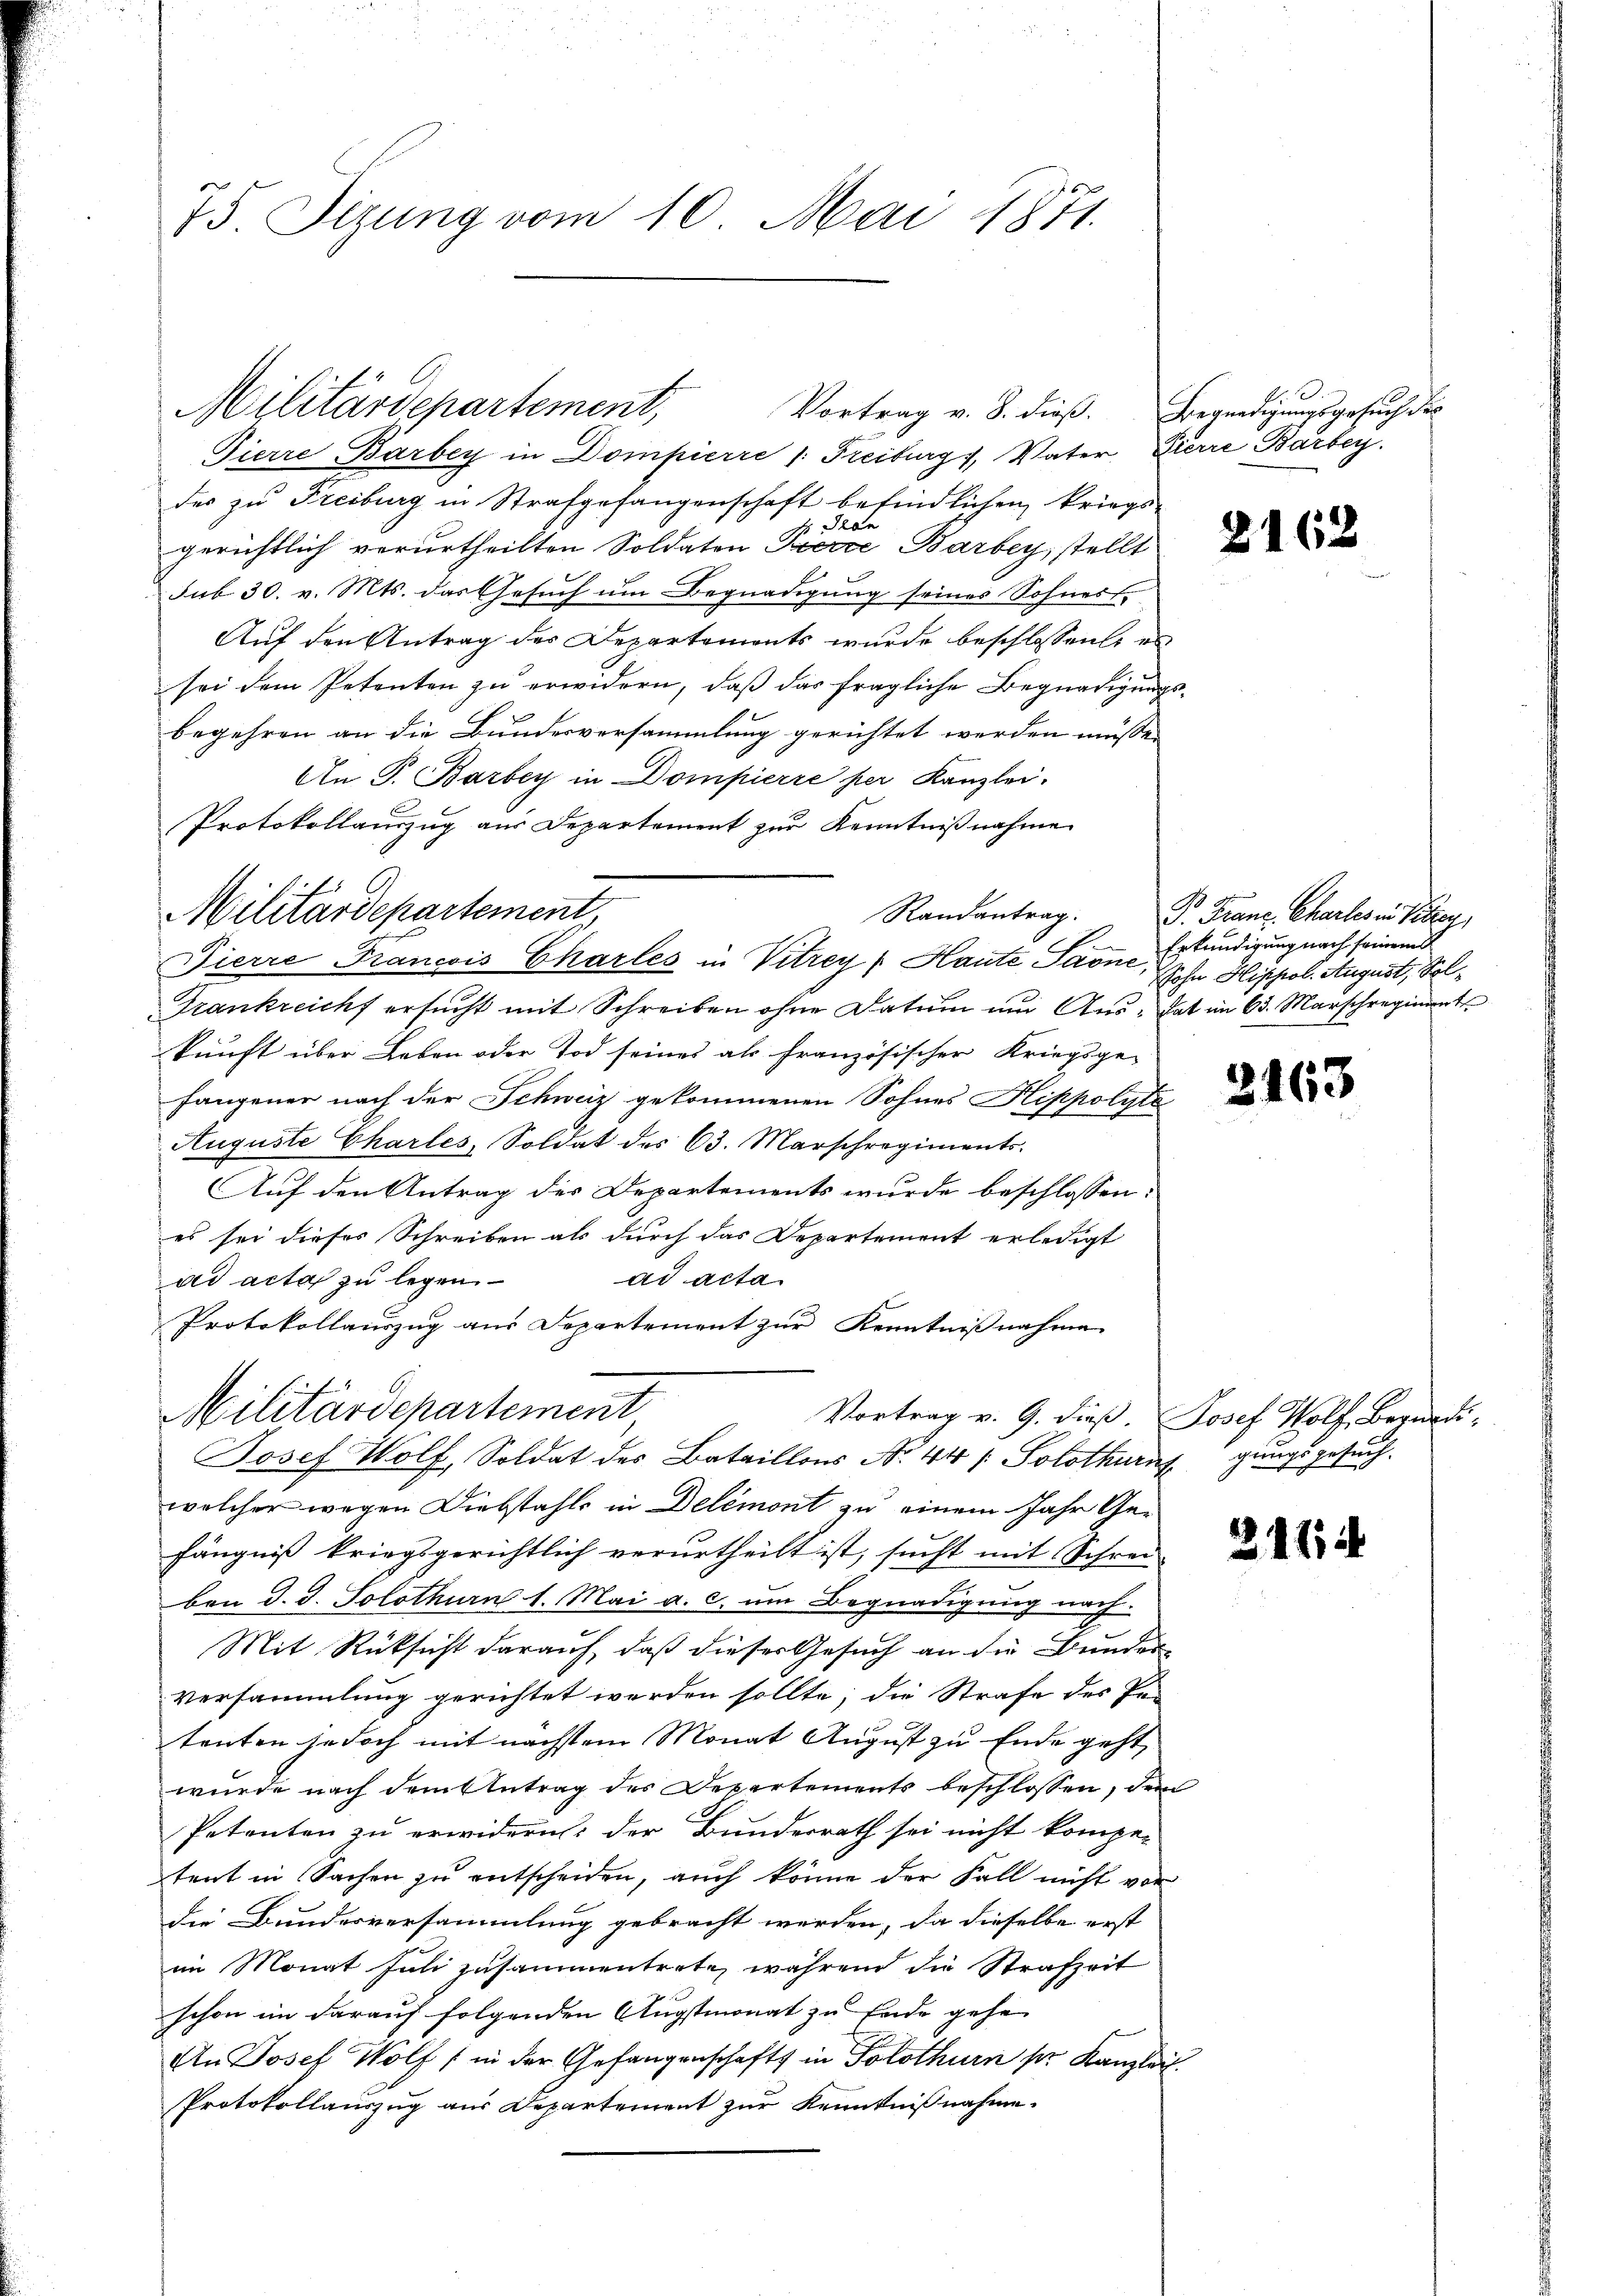
75. Sizung vom 10. Mai 1871.

Pierre Barbey in Dompierre 1. Freiburg), Vater Zierre Barbey
des zu Freiburg in Strafgefangenschaft befindlichen kriegs¬
 Pran
gerichtlich verurtheilten Soldaten Perce, Barbey, stellt
sub 30. v. Mts. das Gesuch um Begnadigung seines Sohnest
Auf den Antrag der Departements wurde beschlossene es
sei dem Petenten zu erwidern, daß das fragliche Begnadigung
begehren an die Bundesversammlung gerichtet werden müssen
An P. Barbey in Dompierre per Kanzlei.
Protokollauszug aus Departement zur Kenntnißnahme
Frankreicht ersucht mit Schreiben ohne Datum und Aus- hat im 63. Marschregiment
kunft über Leben oder Tod seines als französischer Kriegsge-
fangener nach der Schweiz gekommenen Sohnes Klippolyte
Auguste Chartes, Soldat des 63. Marschregiments.
Auf den Antrag des Departements wurde beschlossen:
es sei dieses Schreiben als durch das Departement erledigt
ad acta
ad acta zu legen
Protokollauszug aus Departement zur Kenntnißnahme
Militärdepartement,
Vortrag v. 9. dieß. Josef Wolf, Begnadi-
Josef Wolf, Soldat des Bataillons No. 44 (: Solothurngungsgesuchwelcher wegen Diebstahls in Delémont zu einem Jahr Gefängniß kriegsgerichtlich verurtheilt ist, sucht mit Schrei-
.
ben d. d. Solothurn 1. Mai a. c. ŭm Begnadigŭng nach.
Mit Rücksicht darauf, daß dieser Gesuch an die Bunder-
Versammlung gerichtet werden sollte; die Strafe des Pe-
tenten jedoch mit nächstem Monat August zu Ende geht,
wurde nach dem Antrag des Departements beschlossen, dem
Petenten zu erwidern: der Bunderrath sei nicht kompe-
tent in Sachen zu entscheiden, auch könne der Fall nicht vor
die Bundesversammlung gebracht werden, da dieselbe erst
im Monat Juli zusammentrete, während die Strafzeit
schon im darauf folgenden Augstmonat zu Ende gehe
An Josef Wolf in der Gefangenschafts in Solothurn pr. Kanzlei.
Protokollauszug aus Departement zur Kenntnißnahme.

Militärdepartement,
Vortrag v. 8. dieß.

Militärdepartement,
Randantrag.
Fierre Francis Charles in Vitrey Haute Sarn Erkundigung nach seinem

A
Begnadigungsgesuch der

2162

P. Franz. Charlesen Peter
Sohn Hippol. August, Sol¬

3163

2114